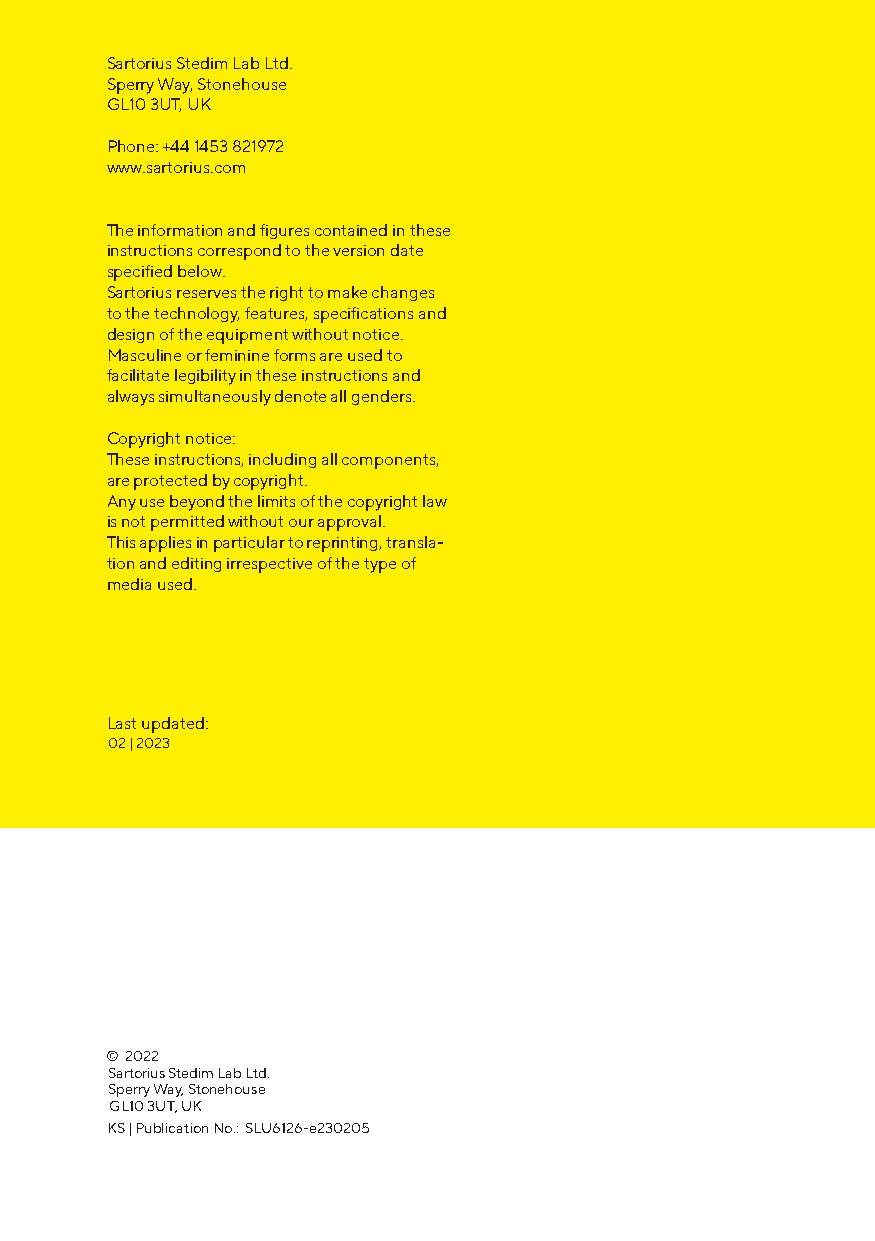
Sartorius Stedim Lab Ltd.
 Sperry Way, Stonehouse
 GL10 3UT, UK
 Phone: +44 1453 821972
 www.sartorius.com
 The information and figures contained in these
 instructions correspond to the version date
 specified below.
 Sartorius reserves the right to make changes
 to the technology, features, specifications and
 design of the equipment without notice.
 Masculine or feminine forms are used to
 facilitate legibility in these instructions and
 always simultaneously denote all genders.
 Copyright notice:
 These instructions, including all components,
 are protected by copyright.
 Any use beyond the limits of the copyright law
 is not permitted without our approval.
 This applies in particular to reprinting, transla-
 tion and editing irrespective of the type of
 media used.
 Last updated:
 02 | 2023
 © 2022
 Sartorius Stedim Lab Ltd.
 Sperry Way, Stonehouse
 GL10 3UT, UK
 KS | Publication No.: SLU6126-e230205